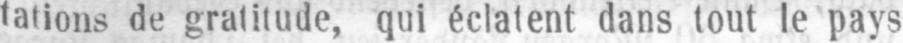
tations de gratitude, qui éclatent dans tout le pays